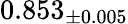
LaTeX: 0.853_{\pm 0.005}